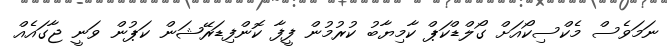
ނަމަވެސް މެކްސިކޯއަށް ގޯލްޑްކަޕް ކާމިޔާބު ކުރުމުން ފީފާ ކޮންފިޑަރޭޝަން ކަޕުން ވަނީ ޖާގައެއް